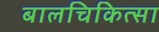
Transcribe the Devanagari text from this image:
बालचिकित्सा